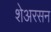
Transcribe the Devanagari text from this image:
शेअरसन